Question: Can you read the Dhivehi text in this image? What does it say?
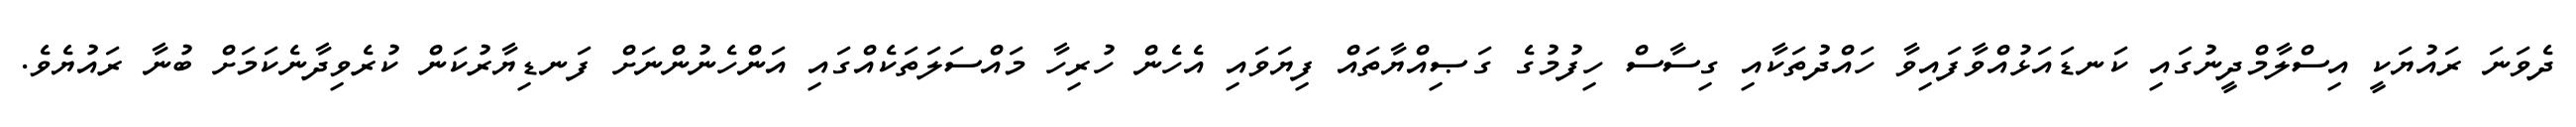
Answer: ދެވަނަ ރައުޔަކީ އިސްލާމްދީނުގައި ކަނޑައަޅުއްވާފައިވާ ހައްދުތަކާއި ގިސާސް ހިފުމުގެ ގަޞިއްޔާތައް ފިޔަވައި އެހެން ހުރިހާ މައްސަލަތަކެއްގައި އަންހެނުންނަށް ފަނޑިޔާރުކަން ކުރެވިދާނެކަމަށް ބުނާ ރައުޔެވެ.